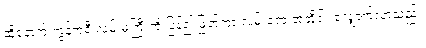
ထို့နောက် ကွန်ကရီ လမ်းမကြီးကို ပြန်၍ ဖြတ်ကာ လမ်းဘေးအတိုင်း လျှောက်လာသည်။